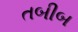
તબીબ